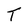
Character: T